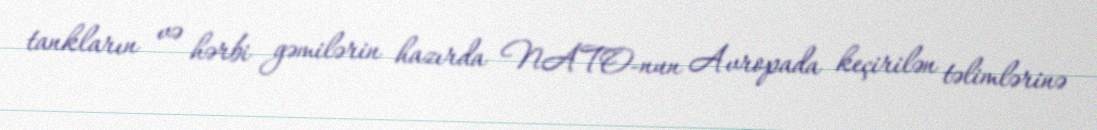
tankların və hərbi gəmilərin hazırda NATO-nun Avropada keçirilən təlimlərinə